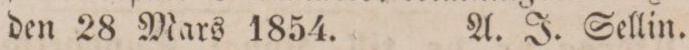
den 28 Mars 1854.    A. J. Sellin.